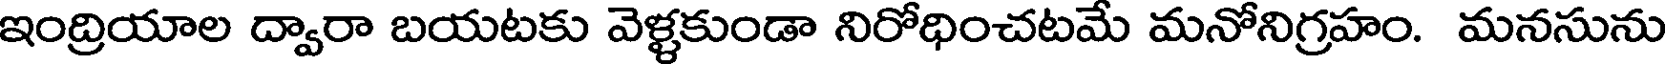
ఇంద్రియాల ద్వారా బయటకు వెళ్ళకుండా నిరోధించటమే మనోనిగ్రహం. మనసును